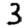
Digit: 3